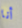
أنا